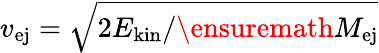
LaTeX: v_{\mathrm{ej}}=\sqrt{2E_{\mathrm{kin}}/\ensuremath{M_{\mathrm{ej}}}}